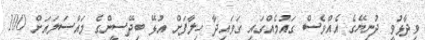
ވިދާޅުވީ ދުނިޔޭގެ އެއްވެސް ގައުމެއްގައި ގަވައިދާ ހިލާފަށް އުޅޭ ބިދޭސީންގެ މައްސަަލައަށް 100